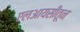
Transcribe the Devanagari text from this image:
एलआयसीतून